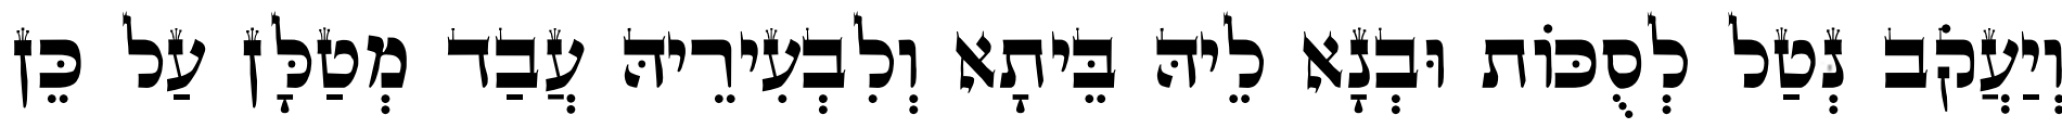
וְיַעֲקֹב נְטַל לְסֻכּוֹת וּבְנָא לֵיהּ בֵּיתָא וְלִבְעִירֵיהּ עֲבַד מְטַלָּן עַל כֵּן